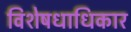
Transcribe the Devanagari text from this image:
विशेषधाधिकार